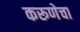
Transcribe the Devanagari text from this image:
करूणेचा